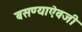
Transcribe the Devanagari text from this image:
बसण्याऐवजी